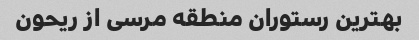
بهترین رستوران منطقه مرسی از ریحون